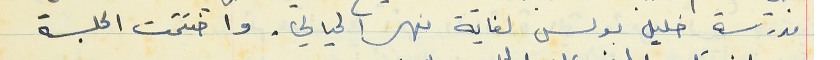
مدرسة خليل بولس لغاية نهر الحيالي. واختتمت الجلسة